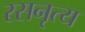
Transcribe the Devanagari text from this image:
रसनृत्य